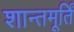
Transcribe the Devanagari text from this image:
शान्तमूर्तिं